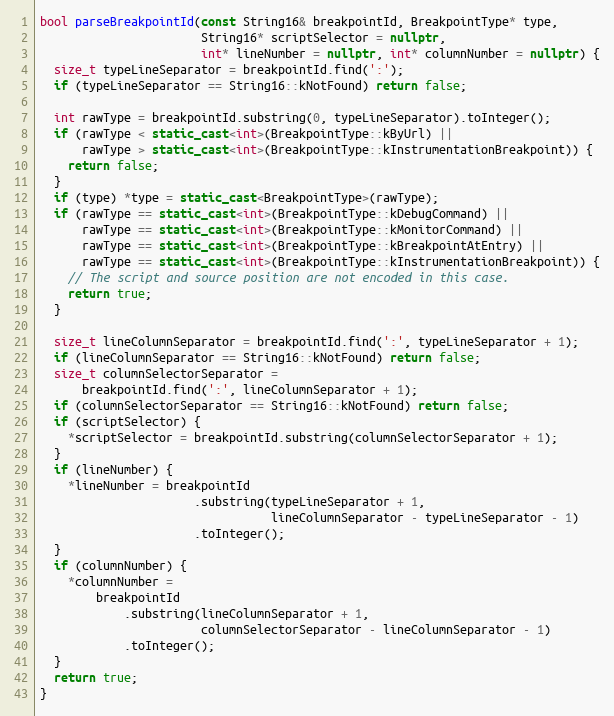
Language: C++
bool parseBreakpointId(const String16& breakpointId, BreakpointType* type,
                       String16* scriptSelector = nullptr,
                       int* lineNumber = nullptr, int* columnNumber = nullptr) {
  size_t typeLineSeparator = breakpointId.find(':');
  if (typeLineSeparator == String16::kNotFound) return false;

  int rawType = breakpointId.substring(0, typeLineSeparator).toInteger();
  if (rawType < static_cast<int>(BreakpointType::kByUrl) ||
      rawType > static_cast<int>(BreakpointType::kInstrumentationBreakpoint)) {
    return false;
  }
  if (type) *type = static_cast<BreakpointType>(rawType);
  if (rawType == static_cast<int>(BreakpointType::kDebugCommand) ||
      rawType == static_cast<int>(BreakpointType::kMonitorCommand) ||
      rawType == static_cast<int>(BreakpointType::kBreakpointAtEntry) ||
      rawType == static_cast<int>(BreakpointType::kInstrumentationBreakpoint)) {
    // The script and source position are not encoded in this case.
    return true;
  }

  size_t lineColumnSeparator = breakpointId.find(':', typeLineSeparator + 1);
  if (lineColumnSeparator == String16::kNotFound) return false;
  size_t columnSelectorSeparator =
      breakpointId.find(':', lineColumnSeparator + 1);
  if (columnSelectorSeparator == String16::kNotFound) return false;
  if (scriptSelector) {
    *scriptSelector = breakpointId.substring(columnSelectorSeparator + 1);
  }
  if (lineNumber) {
    *lineNumber = breakpointId
                      .substring(typeLineSeparator + 1,
                                 lineColumnSeparator - typeLineSeparator - 1)
                      .toInteger();
  }
  if (columnNumber) {
    *columnNumber =
        breakpointId
            .substring(lineColumnSeparator + 1,
                       columnSelectorSeparator - lineColumnSeparator - 1)
            .toInteger();
  }
  return true;
}